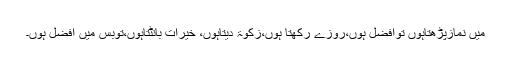
میں نمازپڑھتاہوں توافضل ہوں،روزے رکھتا ہوں،زکوۃ دیتاہوں، خیرات بانٹتاہوں،توبس میں افضل ہوں۔